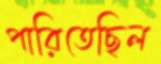
পারিতেছিল